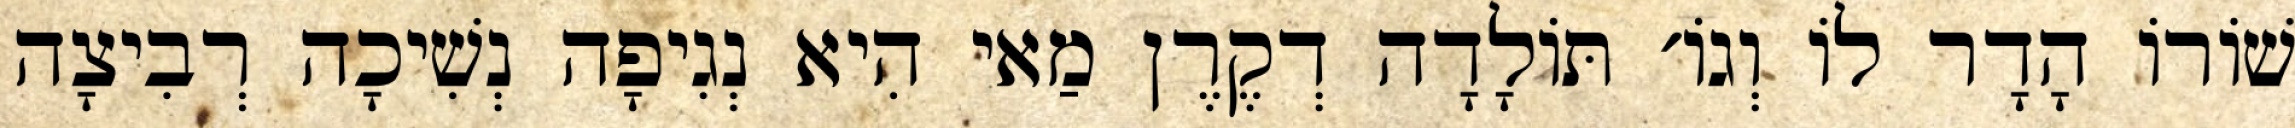
שׁוֹרוֹ הָדָר לוֹ וְגוֹ׳ תּוֹלָדָה דְקֶרֶן מַאי הִיא נְגִיפָה נְשִׁיכָה רְבִיצָה